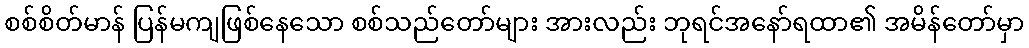
စစ်စိတ်မာန် ပြန်မကျဖြစ်နေသော စစ်သည်တော်များ အားလည်း ဘုရင်အနော်ရထာ၏ အမိန်တော်မှာ